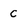
Character: C